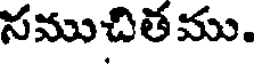
సముచితము.